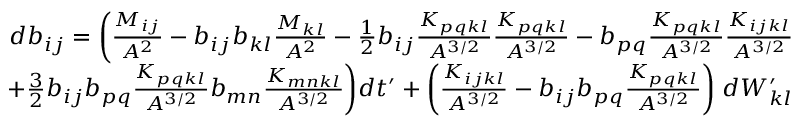
\begin{array} { r } { d b _ { i j } = \bigg ( \frac { M _ { i j } } { A ^ { 2 } } - b _ { i j } b _ { k l } \frac { M _ { k l } } { A ^ { 2 } } - \frac { 1 } { 2 } b _ { i j } \frac { K _ { p q k l } } { A ^ { 3 / 2 } } \frac { K _ { p q k l } } { A ^ { 3 / 2 } } - b _ { p q } \frac { K _ { p q k l } } { A ^ { 3 / 2 } } \frac { K _ { i j k l } } { A ^ { 3 / 2 } } } \\ { + \frac { 3 } { 2 } b _ { i j } b _ { p q } \frac { K _ { p q k l } } { A ^ { 3 / 2 } } b _ { m n } \frac { K _ { m n k l } } { A ^ { 3 / 2 } } \bigg ) d t ^ { \prime } + \bigg ( \frac { K _ { i j k l } } { A ^ { 3 / 2 } } - b _ { i j } b _ { p q } \frac { K _ { p q k l } } { A ^ { 3 / 2 } } \bigg ) \; d W _ { k l } ^ { \prime } } \end{array}